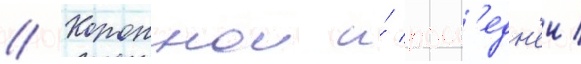
// Короннои и́ посл'едн'еи